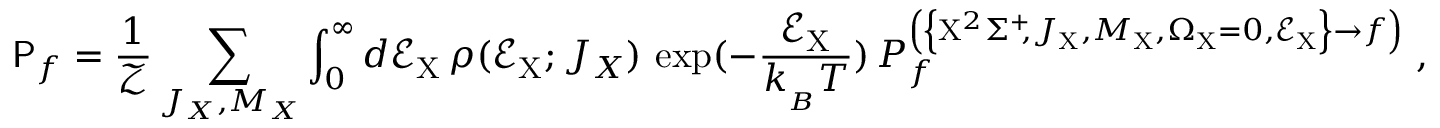
\mathsf { P } _ { f } = \frac { 1 } { \mathcal { Z } } \sum _ { J _ { X } , M _ { X } } \int _ { 0 } ^ { \infty } d \mathcal { E } _ { \mathrm { X } } \, \rho ( \mathcal { E } _ { \mathrm { X } } ; J _ { X } ) \, \exp ( - \frac { \mathcal { E } _ { \mathrm { X } } } { k _ { _ B } T } ) \, P _ { f } ^ { \left( \left\{ \mathrm { X } ^ { 2 } \Sigma ^ { + } \! \! , J _ { \mathrm { X } } , M _ { \mathrm { X } } , \Omega _ { \mathrm { X } } = 0 , \mathcal { E } _ { \mathrm { X } } \right\} \rightarrow f \right) } \; ,